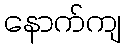
နောက်ကျ